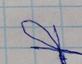
Signature authenticity: forged